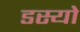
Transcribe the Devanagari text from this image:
डस्यो